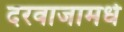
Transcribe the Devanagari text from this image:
दरवाजामधे